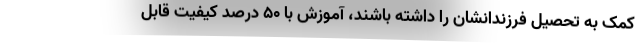
کمک به تحصیل فرزندانشان را داشته باشند، آموزش با ۵۰ درصد کیفیت قابل